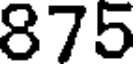
875